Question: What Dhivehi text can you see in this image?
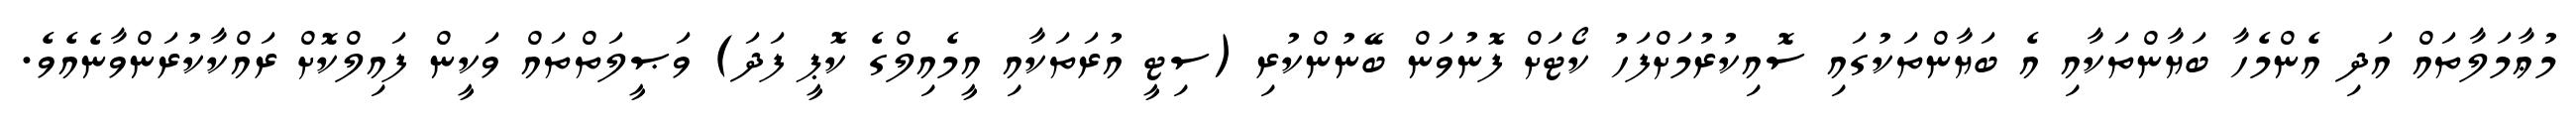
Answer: މުޢާމަލާތައް އަދި އެންމެހާ ބަޔާންތަކާއި އެ ބަޔާންތަކުގައި ސޮއިކުރުމަށްފަހު ކޯޓަށް ފޮނުވަން ބޭނުންކުރި (ސިޓީ އުރަތަކާއި އީމެއިލްގެ ކޮޕީ ފަދަ) ވަޞީލަތްތައް ވަކީން ފައިލްކޮށް ރައްކާކުރަންވާނެއެވެ.